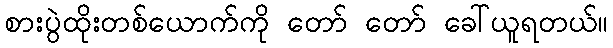
စားပွဲထိုးတစ်ယောက်ကို တော် တော် ခေါ်ယူရတယ်။